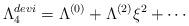
LaTeX: \begin{align*}\Lambda_4^{devi} = \Lambda^{(0)} + \Lambda^{(2)} \xi^2 + \cdots\end{align*}